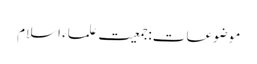
موضوعات:جمعیت علماء اسلام